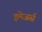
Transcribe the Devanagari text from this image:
इमेजर्स